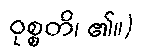
ဝုစ္စတိ၊ ၏။)